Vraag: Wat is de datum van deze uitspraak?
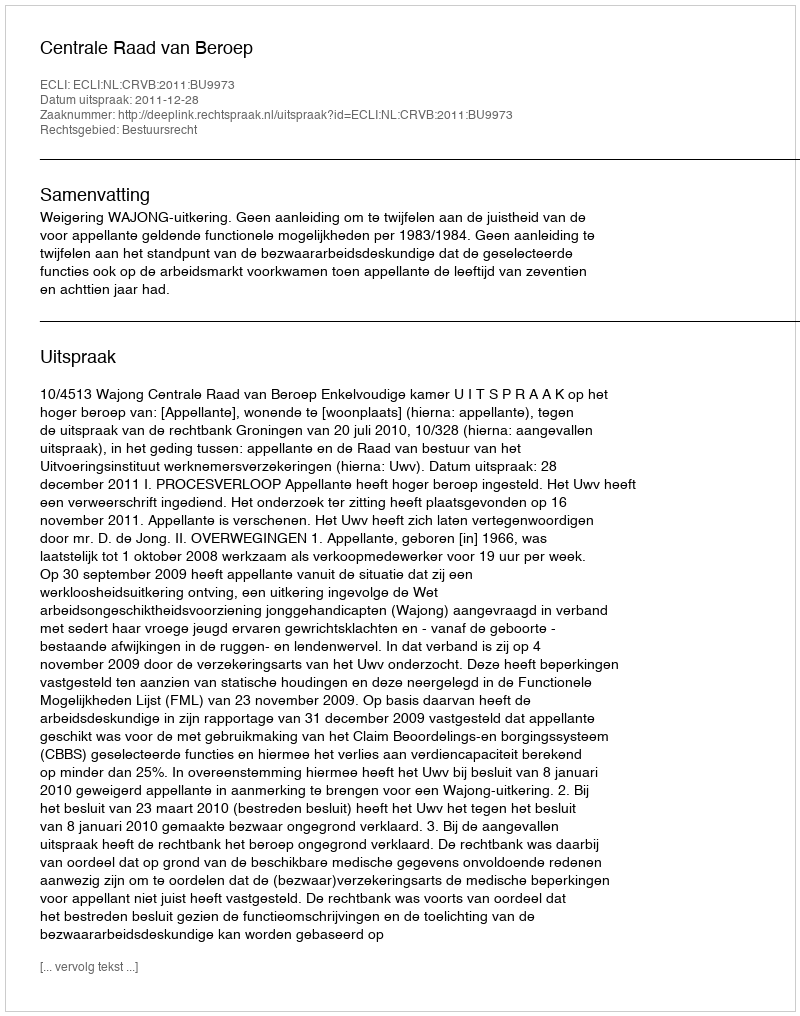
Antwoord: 2011-12-28